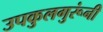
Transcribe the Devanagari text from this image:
उपकुलगुरूंनी